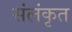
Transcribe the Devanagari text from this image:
संलंकृत